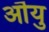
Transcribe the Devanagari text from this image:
ऒयु